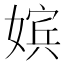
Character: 嫔